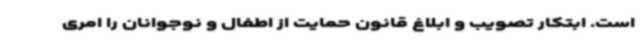
است. ابتکار تصویب و ابلاغ قانون حمایت از اطفال و نوجوانان را امری